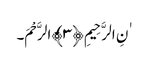
ٰنِ الرَّحِیمِ ﴿٣﴾الرَّحْمَ۔